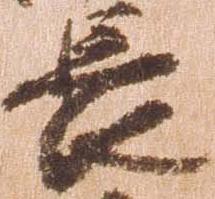
長